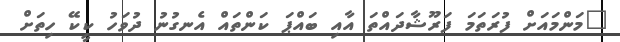
"މަންމައަށް ފުރަތަަމަ ފަރޫޝާދައްތަ އާއި ބައްޕަ ކަންތައް އެނގުނު ދުވަހު ކީކޭ ހިތަށް